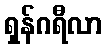
ရှန်ဂရီလာ